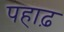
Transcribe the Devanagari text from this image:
पहाढ़